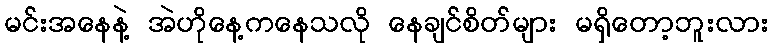
မင်းအနေနဲ့ အဲဟိုနေ့ကနေသလို နေချင်စိတ်များ မရှိတော့ဘူးလား